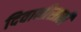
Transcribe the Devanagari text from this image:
दिवानीसाठी